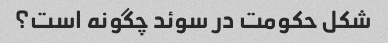
شکل حکومت در سوئد چگونه است؟